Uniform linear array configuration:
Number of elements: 32
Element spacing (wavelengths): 1
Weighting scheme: exponential
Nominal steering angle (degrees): -30
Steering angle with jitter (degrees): -30.428
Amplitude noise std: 0.05
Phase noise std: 0.05

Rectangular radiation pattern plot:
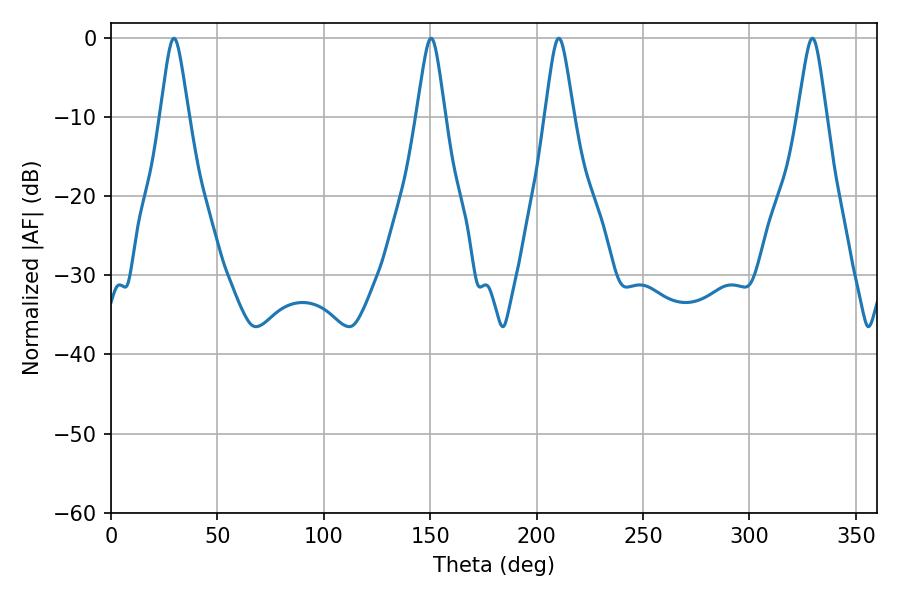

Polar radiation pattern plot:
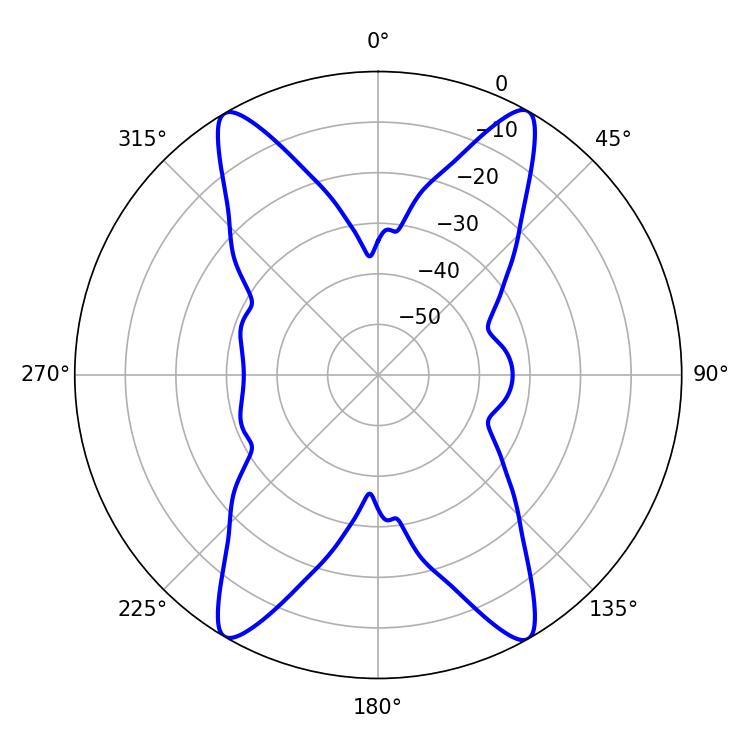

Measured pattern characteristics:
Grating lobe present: TRUE
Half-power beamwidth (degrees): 6.48
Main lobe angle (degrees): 210.42